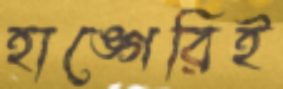
হাঙ্গেরিই